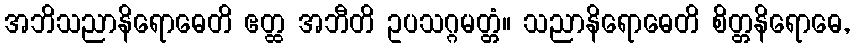
အဘိသညာနိရောဓေတိ ဧတ္ထ အဘီတိ ဥပသဂ္ဂမတ္တံ။ သညာနိရောဓေတိ စိတ္တနိရောဓေ,